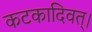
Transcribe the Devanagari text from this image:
कटकादिवत्।